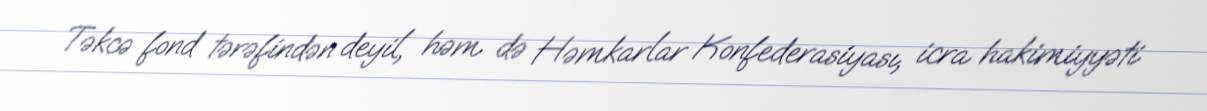
Təkcə fond tərəfindən deyil, həm də Həmkarlar Konfederasiyası, icra hakimiyyəti